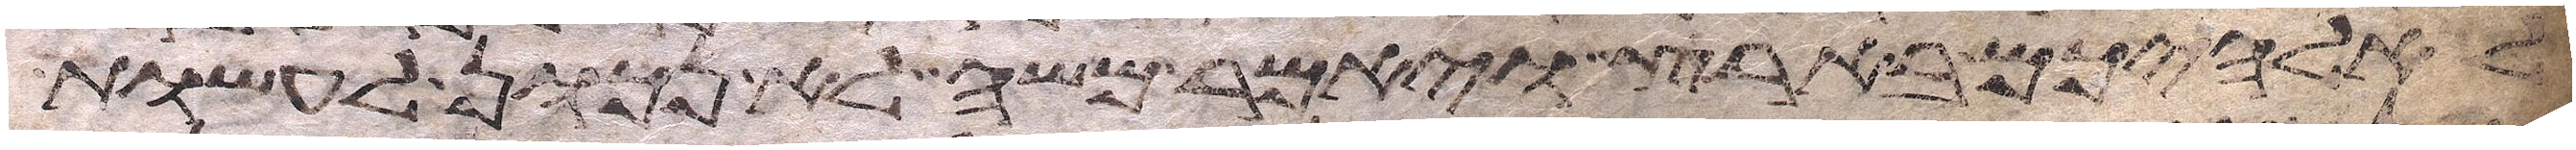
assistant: לאלהיכם בארץ ויאמר משה לא נכון לעשות